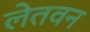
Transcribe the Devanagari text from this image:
लेतवन